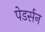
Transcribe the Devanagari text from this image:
पेडर्सन